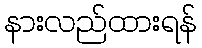
နားလည်ထားရန်